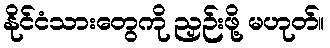
နိုင်ငံသားတွေကို ညှဉ်းဖို့ မဟုတ်။